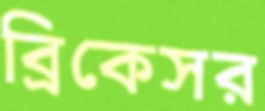
ব্রিকেসর